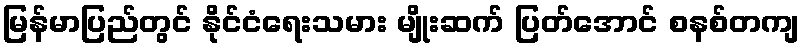
မြန်မာပြည်တွင် နိုင်ငံရေးသမား မျိုးဆက် ပြတ်အောင် စနစ်တကျ